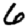
Digit: 6